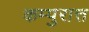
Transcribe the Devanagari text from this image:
कम्पुरात्त